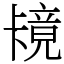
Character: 𫧶